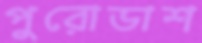
পুরোডাশ